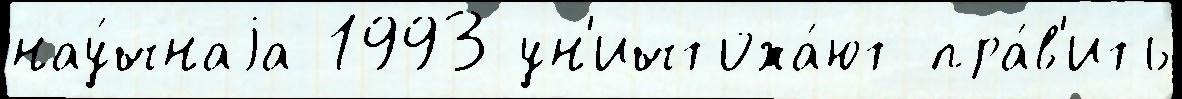
нау́чнаjа 1993 ун'ичтожа́ют пра́в'ить